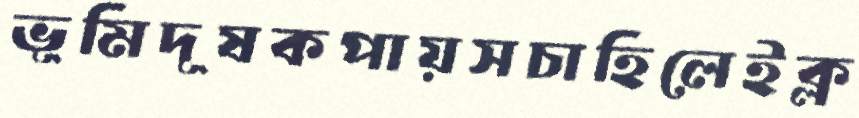
ভূমিদূষকপায়সচাহিলেইক্ল